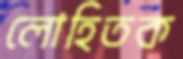
লোহিতক